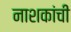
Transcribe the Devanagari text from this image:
नाशकांची